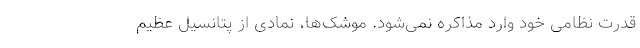
قدرت نظامی خود وارد مذاکره نمی‌شود. موشک‌ها، نمادی از پتانسیل عظیم